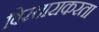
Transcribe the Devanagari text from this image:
विस्ताराकरता